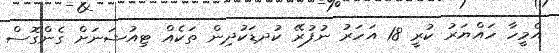
އެމީހާ ހައްޔަރު ކުރީ 18 އަހަރު ނުފުރޭ ކުދޑަކުދިން ތަކެއް ޓިއުޝަނަށް ގެންގޮސް